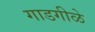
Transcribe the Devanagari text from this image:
गाडगीळे